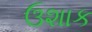
ઉશાક